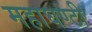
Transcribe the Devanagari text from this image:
महाघण्टी